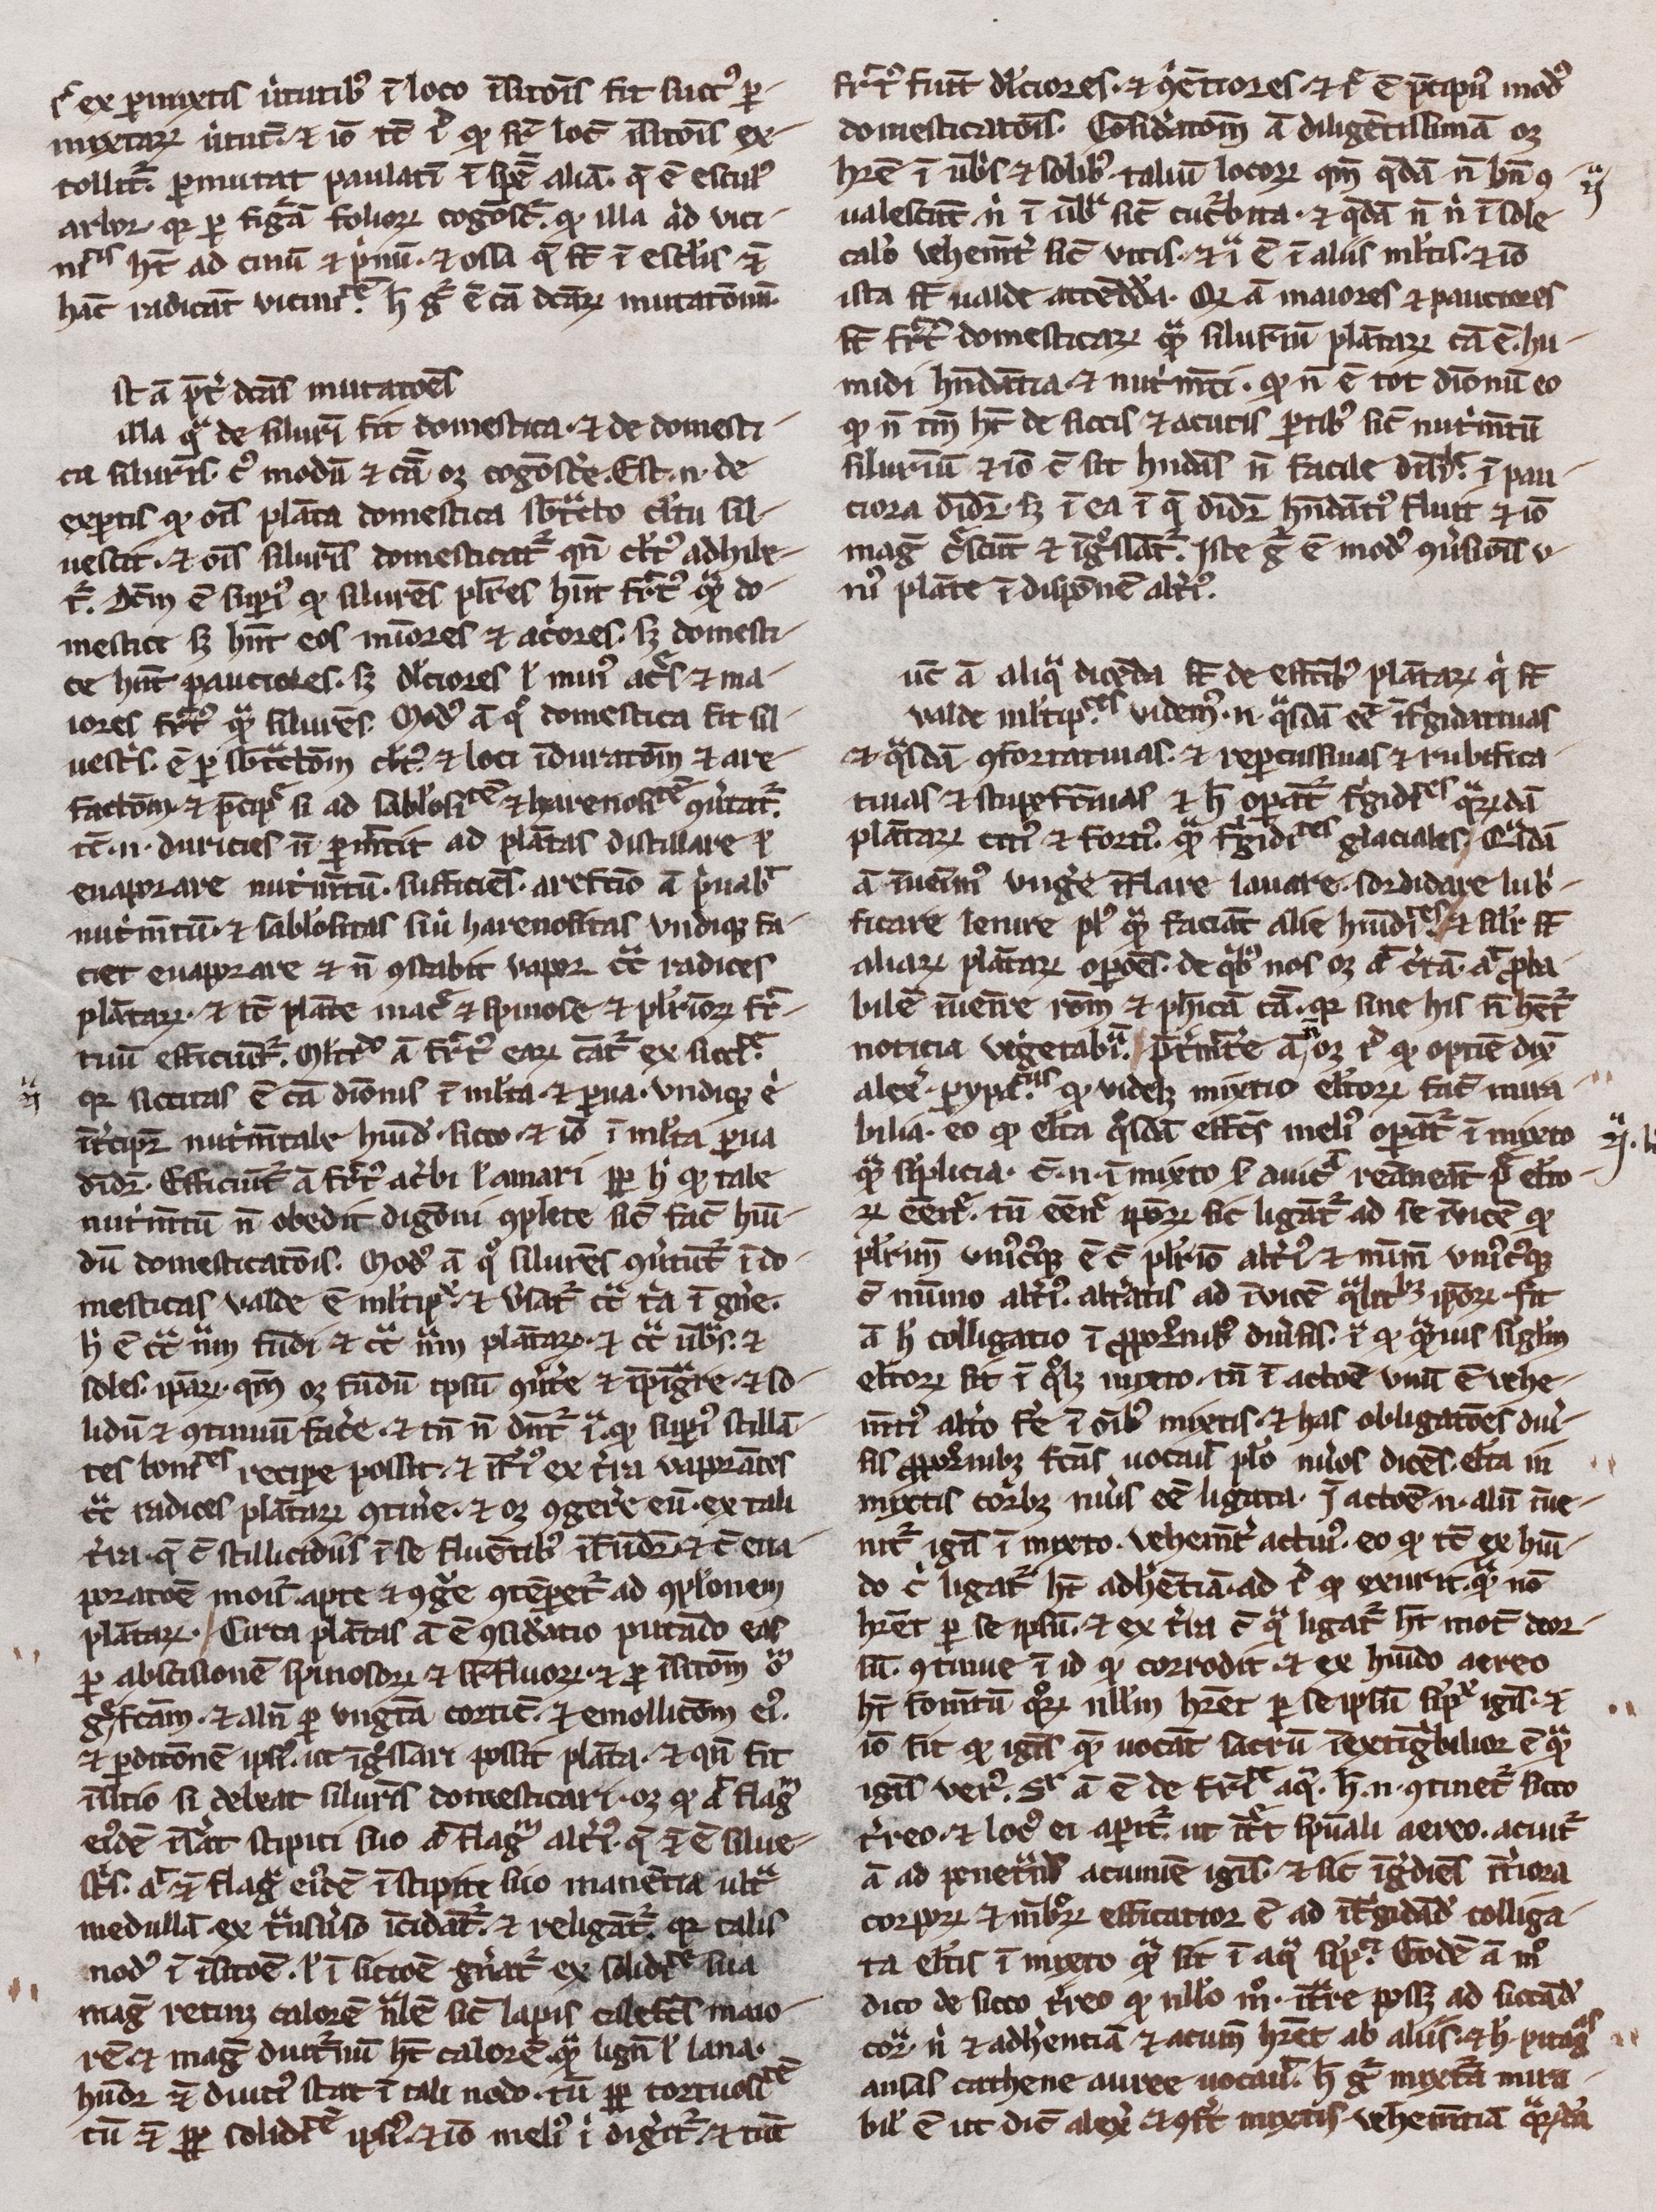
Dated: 1300–1399